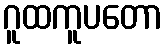
ဂူထကူပတော